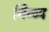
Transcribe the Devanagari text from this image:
निळ्य